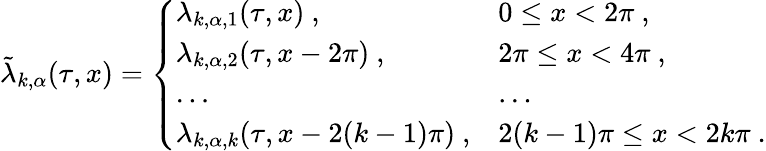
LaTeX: \tilde{\lambda}_{k,\alpha}(\tau,x)=\left\{ \begin{array}{ll}{{\lambda_{k,\alpha,1}(\tau,x)~,}}&{{0\leq x<2\pi~,}}\\ {{\lambda_{k,\alpha,2}(\tau,x-2\pi)~,}}&{{2\pi\leq x<4\pi~,}}\\ {{\ldots}}&{{\ldots}}\\ {{\lambda_{k,\alpha,k}(\tau,x-2(k-1)\pi)~,}}&{{2(k-1)\pi\leq x<2k\pi~.}}\end{array}\right.